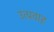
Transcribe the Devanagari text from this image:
उत्प्रवाह